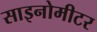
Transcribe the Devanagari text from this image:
साइनोमीटर